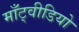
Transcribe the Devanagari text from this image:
माँट्वीडियो